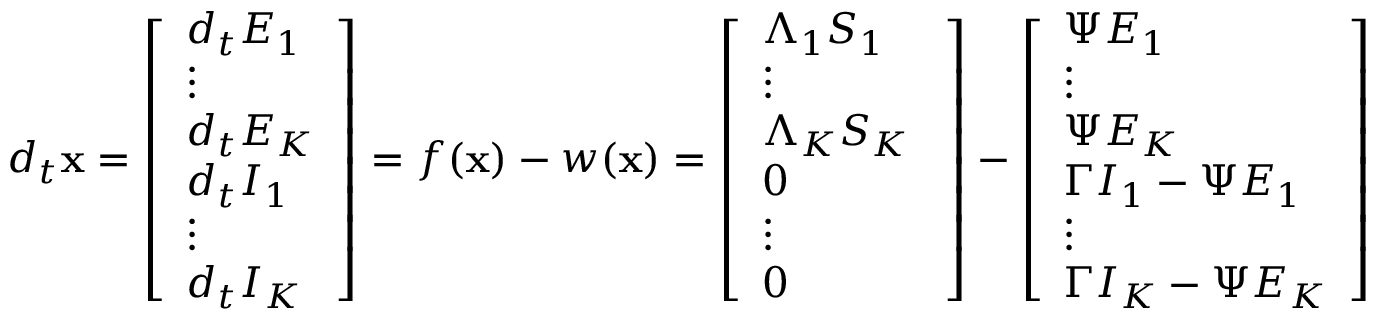
d _ { t } \mathbf { x } = \left[ \begin{array} { l } { d _ { t } E _ { 1 } } \\ { \vdots } \\ { d _ { t } E _ { K } } \\ { d _ { t } I _ { 1 } } \\ { \vdots } \\ { d _ { t } I _ { K } } \end{array} \right] = f ( \mathbf { x } ) - w ( \mathbf { x } ) = \left[ \begin{array} { l } { \Lambda _ { 1 } S _ { 1 } } \\ { \vdots } \\ { \Lambda _ { K } S _ { K } \ } \\ { 0 } \\ { \vdots } \\ { 0 } \end{array} \right] - \left[ \begin{array} { l } { \Psi E _ { 1 } } \\ { \vdots } \\ { \Psi E _ { K } } \\ { \Gamma I _ { 1 } - \Psi E _ { 1 } } \\ { \vdots } \\ { \Gamma I _ { K } - \Psi E _ { K } } \end{array} \right]